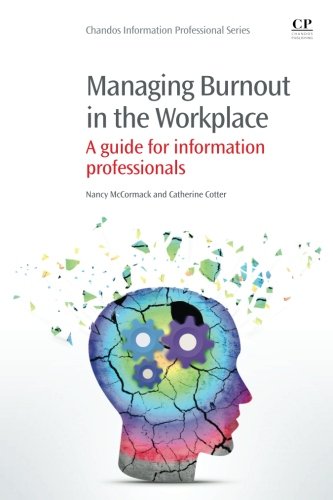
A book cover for Managing Burnout in the Workplace: A Guide for Information Professionals (Chandos Information Professional Series); Nancy McCormack; Health, Fitness & Dieting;